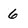
Character: 6